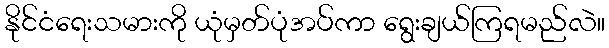
နိုင်ငံရေးသမားကို ယုံမှတ်ပုံအပ်ကာ ရွေးချယ်ကြရမည်လဲ။